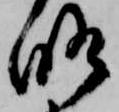
略